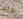
احلم